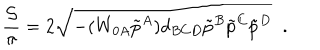
{ \frac { \cal S } { \pi } } = 2 \sqrt { - ( W _ { 0 A } \tilde { p } ^ { A } ) d _ { B C D } \tilde { p } ^ { B } \tilde { p } ^ { C } \tilde { p } ^ { D } } \; \; .